Plague in India, 1896, 1897 - Volume 3
Year: 1896
Disease focus: Plague
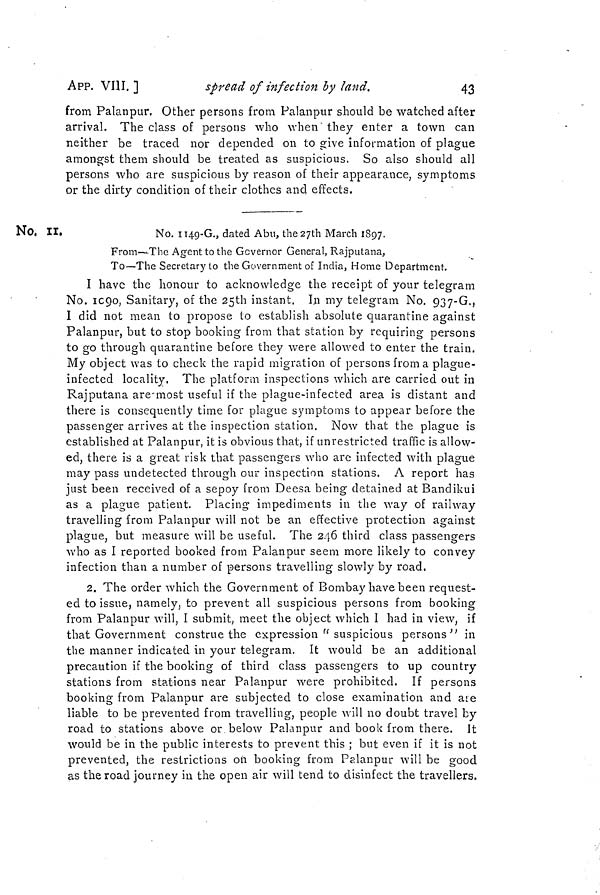
APP. VIII. ]
spread of infection by land.
43
from Palanpur. Other persons from Palanpur should be watched after
arrival. The class of persons who when" they enter a town can
neither be traced nor depended on to give information of plague
amongst them should be treated as suspicious. So also should all
persons who are suspicious by reason of their appearance, symptoms
or the dirty condition of their clothes and effects.
No. II..
No. 1149-G., dated Abu, the 27th March 1897.
From—The Agent to the Governor General, Rajputana,
To—The Secretary to the Government of India, Home Department.
I have the honour to acknowledge the receipt of your telegram
No. 1090, Sanitary, of the 25th instant. In my telegram No. 937-G.,
I did not mean to propose to establish absolute quarantine against
Palanpur, but to stop booking from that station by requiring persons
to go through quarantine before they were allowed to enter the train.
My object was to check the rapid migration of persons from a plague-
infected locality. The platform inspections which are carried out in
Rajputana are-most useful if the plague-infected area is distant and
there is consequently time for plague symptoms to appear before the
passenger arrives at the inspection station. Now that the plague is
established at Palanpur, it is obvious that, if unrestricted traffic is allow-
ed, there is a great risk that passengers who are infected with plague
may pass undetected through our inspection stations. A report has
just been received of a sepoy from Deesa being detained at Bandikui
as a plague patient. Placing impediments in the way of railway
travelling from Palanpur will not be an effective protection against
plague, but measure will be useful. The 246 third class passengers
who as I reported booked from Palanpur seem more likely to convey
infection than a number of persons travelling slowly by road,
2. The order which the Government of Bombay have been request-
ed to issue, namely, to prevent all suspicious persons from booking
from Palanpur will, I submit, meet the object which 1 had in view, if
that Government construe the expression " suspicious persons" in
the manner indicated in your telegram. It would be an additional
precaution if the booking of third class passengers to up country
stations from stations near Palanpur were prohibited. If persons
booking from Palanpur are subjected to close examination and are
liable to be prevented from travelling, people will no doubt travel by
road to stations above or below Palanpur and book from there. Jt
would be in the public interests to prevent this ; but even if it is not
prevented, the restrictions on booking from Palanpur will be good
as the road journey in the open air will tend to disinfect the travellers.